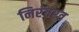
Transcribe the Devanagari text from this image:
निरंतरत